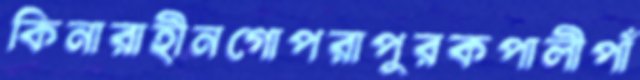
কিনারাহীনগোপরাপুরকপালীপাঁ